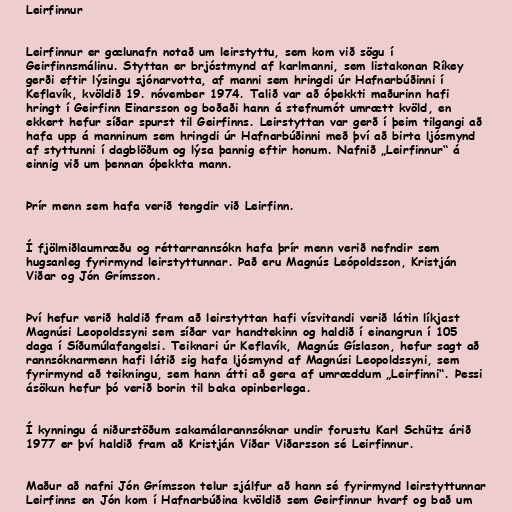
Leirfinnur

Leirfinnur er gælunafn notað um leirstyttu, sem kom við sögu í
Geirfinnsmálinu. Styttan er brjóstmynd af karlmanni, sem listakonan Ríkey
gerði eftir lýsingu sjónarvotta, af manni sem hringdi úr Hafnarbúðinni í
Keflavík, kvöldið 19. nóvember 1974. Talið var að óþekkti maðurinn hafi
hringt í Geirfinn Einarsson og boðaði hann á stefnumót umrætt kvöld, en
ekkert hefur síðar spurst til Geirfinns. Leirstyttan var gerð í þeim tilgangi að
hafa upp á manninum sem hringdi úr Hafnarbúðinni með því að birta ljósmynd
af styttunni í dagblöðum og lýsa þannig eftir honum. Nafnið „Leirfinnur“ á
einnig við um þennan óþekkta mann.

Þrír menn sem hafa verið tengdir við Leirfinn.

Í fjölmiðlaumræðu og réttarrannsókn hafa þrír menn verið nefndir sem
hugsanleg fyrirmynd leirstyttunnar. Það eru Magnús Leópoldsson, Kristján
Viðar og Jón Grímsson.

Því hefur verið haldið fram að leirstyttan hafi vísvitandi verið látin líkjast
Magnúsi Leopoldssyni sem síðar var handtekinn og haldið í einangrun í 105
daga í Síðumúlafangelsi. Teiknari úr Keflavík, Magnús Gíslason, hefur sagt að
rannsóknarmenn hafi látið sig hafa ljósmynd af Magnúsi Leopoldssyni, sem
fyrirmynd að teikningu, sem hann átti að gera af umræddum „Leirfinni“. Þessi
ásökun hefur þó verið borin til baka opinberlega.

Í kynningu á niðurstöðum sakamálarannsóknar undir forustu Karl Schütz árið
1977 er því haldið fram að Kristján Viðar Viðarsson sé Leirfinnur.

Maður að nafni Jón Grímsson telur sjálfur að hann sé fyrirmynd leirstyttunnar
Leirfinns en Jón kom í Hafnarbúðina kvöldið sem Geirfinnur hvarf og bað um